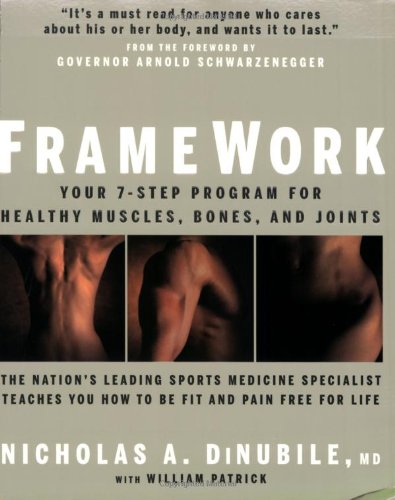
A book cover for FrameWork: Your 7-Step Program for Healthy Muscles, Bones, and Joints; Nicholas A. DiNubile; Health, Fitness & Dieting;